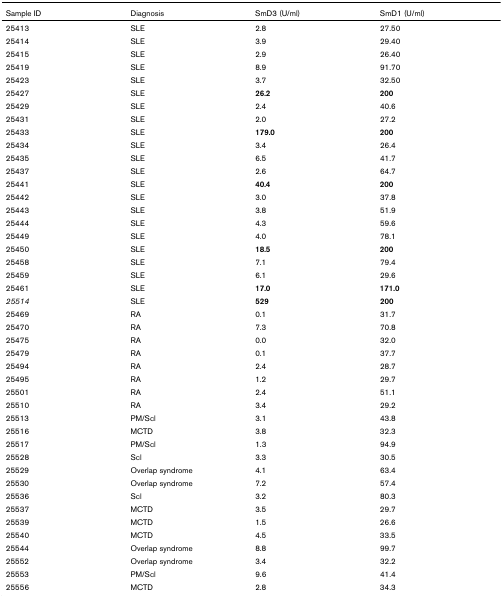
<table><thead><tr><td><b>Sample ID</b></td><td><b>Diagnosis</b></td><td><b>SmD3 (U/ml)</b></td><td><b>SmD1 (U/ml)</b></td></tr></thead><tbody><tr><td>25413</td><td>SLE</td><td>2.8</td><td>27.50</td></tr><tr><td>25414</td><td>SLE</td><td>3.9</td><td>29.40</td></tr><tr><td>25415</td><td>SLE</td><td>2.9</td><td>26.40</td></tr><tr><td>25419</td><td>SLE</td><td>8.9</td><td>91.70</td></tr><tr><td>25423</td><td>SLE</td><td>3.7</td><td>32.50</td></tr><tr><td>25427</td><td>SLE</td><td><b>26.2</b></td><td><b>200</b></td></tr><tr><td>25429</td><td>SLE</td><td>2.4</td><td>40.6</td></tr><tr><td>25431</td><td>SLE</td><td>2.0</td><td>27.2</td></tr><tr><td>25433</td><td>SLE</td><td><b>179.0</b></td><td><b>200</b></td></tr><tr><td>25434</td><td>SLE</td><td>3.4</td><td>26.4</td></tr><tr><td>25435</td><td>SLE</td><td>6.5</td><td>41.7</td></tr><tr><td>25437</td><td>SLE</td><td>2.6</td><td>64.7</td></tr><tr><td>25441</td><td>SLE</td><td><b>40.4</b></td><td><b>200</b></td></tr><tr><td>25442</td><td>SLE</td><td>3.0</td><td>37.8</td></tr><tr><td>25443</td><td>SLE</td><td>3.8</td><td>51.9</td></tr><tr><td>25444</td><td>SLE</td><td>4.3</td><td>59.6</td></tr><tr><td>25449</td><td>SLE</td><td>4.0</td><td>78.1</td></tr><tr><td>25450</td><td>SLE</td><td><b>18.5</b></td><td><b>200</b></td></tr><tr><td>25458</td><td>SLE</td><td>7.1</td><td>79.4</td></tr><tr><td>25459</td><td>SLE</td><td>6.1</td><td>29.6</td></tr><tr><td>25461</td><td>SLE</td><td><b>17.0</b></td><td><b>171.0</b></td></tr><tr><td><i>25514</i></td><td>SLE</td><td><b>529</b></td><td><b>200</b></td></tr><tr><td>25469</td><td>RA</td><td>0.1</td><td>31.7</td></tr><tr><td>25470</td><td>RA</td><td>7.3</td><td>70.8</td></tr><tr><td>25475</td><td>RA</td><td>0.0</td><td>32.0</td></tr><tr><td>25479</td><td>RA</td><td>0.1</td><td>37.7</td></tr><tr><td>25494</td><td>RA</td><td>2.4</td><td>28.7</td></tr><tr><td>25495</td><td>RA</td><td>1.2</td><td>29.7</td></tr><tr><td>25501</td><td>RA</td><td>2.4</td><td>51.1</td></tr><tr><td>25510</td><td>RA</td><td>3.4</td><td>29.2</td></tr><tr><td>25513</td><td>PM/Scl</td><td>3.1</td><td>43.8</td></tr><tr><td>25516</td><td>MCTD</td><td>3.8</td><td>32.3</td></tr><tr><td>25517</td><td>PM/Scl</td><td>1.3</td><td>94.9</td></tr><tr><td>25528</td><td>Scl</td><td>3.3</td><td>30.5</td></tr><tr><td>25529</td><td>Overlap syndrome</td><td>4.1</td><td>63.4</td></tr><tr><td>25530</td><td>Overlap syndrome</td><td>7.2</td><td>57.4</td></tr><tr><td>25536</td><td>Scl</td><td>3.2</td><td>80.3</td></tr><tr><td>25537</td><td>MCTD</td><td>3.5</td><td>29.7</td></tr><tr><td>25539</td><td>MCTD</td><td>1.5</td><td>26.6</td></tr><tr><td>25540</td><td>MCTD</td><td>4.5</td><td>33.5</td></tr><tr><td>25544</td><td>Overlap syndrome</td><td>8.8</td><td>99.7</td></tr><tr><td>25552</td><td>Overlap syndrome</td><td>3.4</td><td>32.2</td></tr><tr><td>25553</td><td>PM/Scl</td><td>9.6</td><td>41.4</td></tr><tr><td>25556</td><td>MCTD</td><td>2.8</td><td>34.3</td></tr></tbody></table>